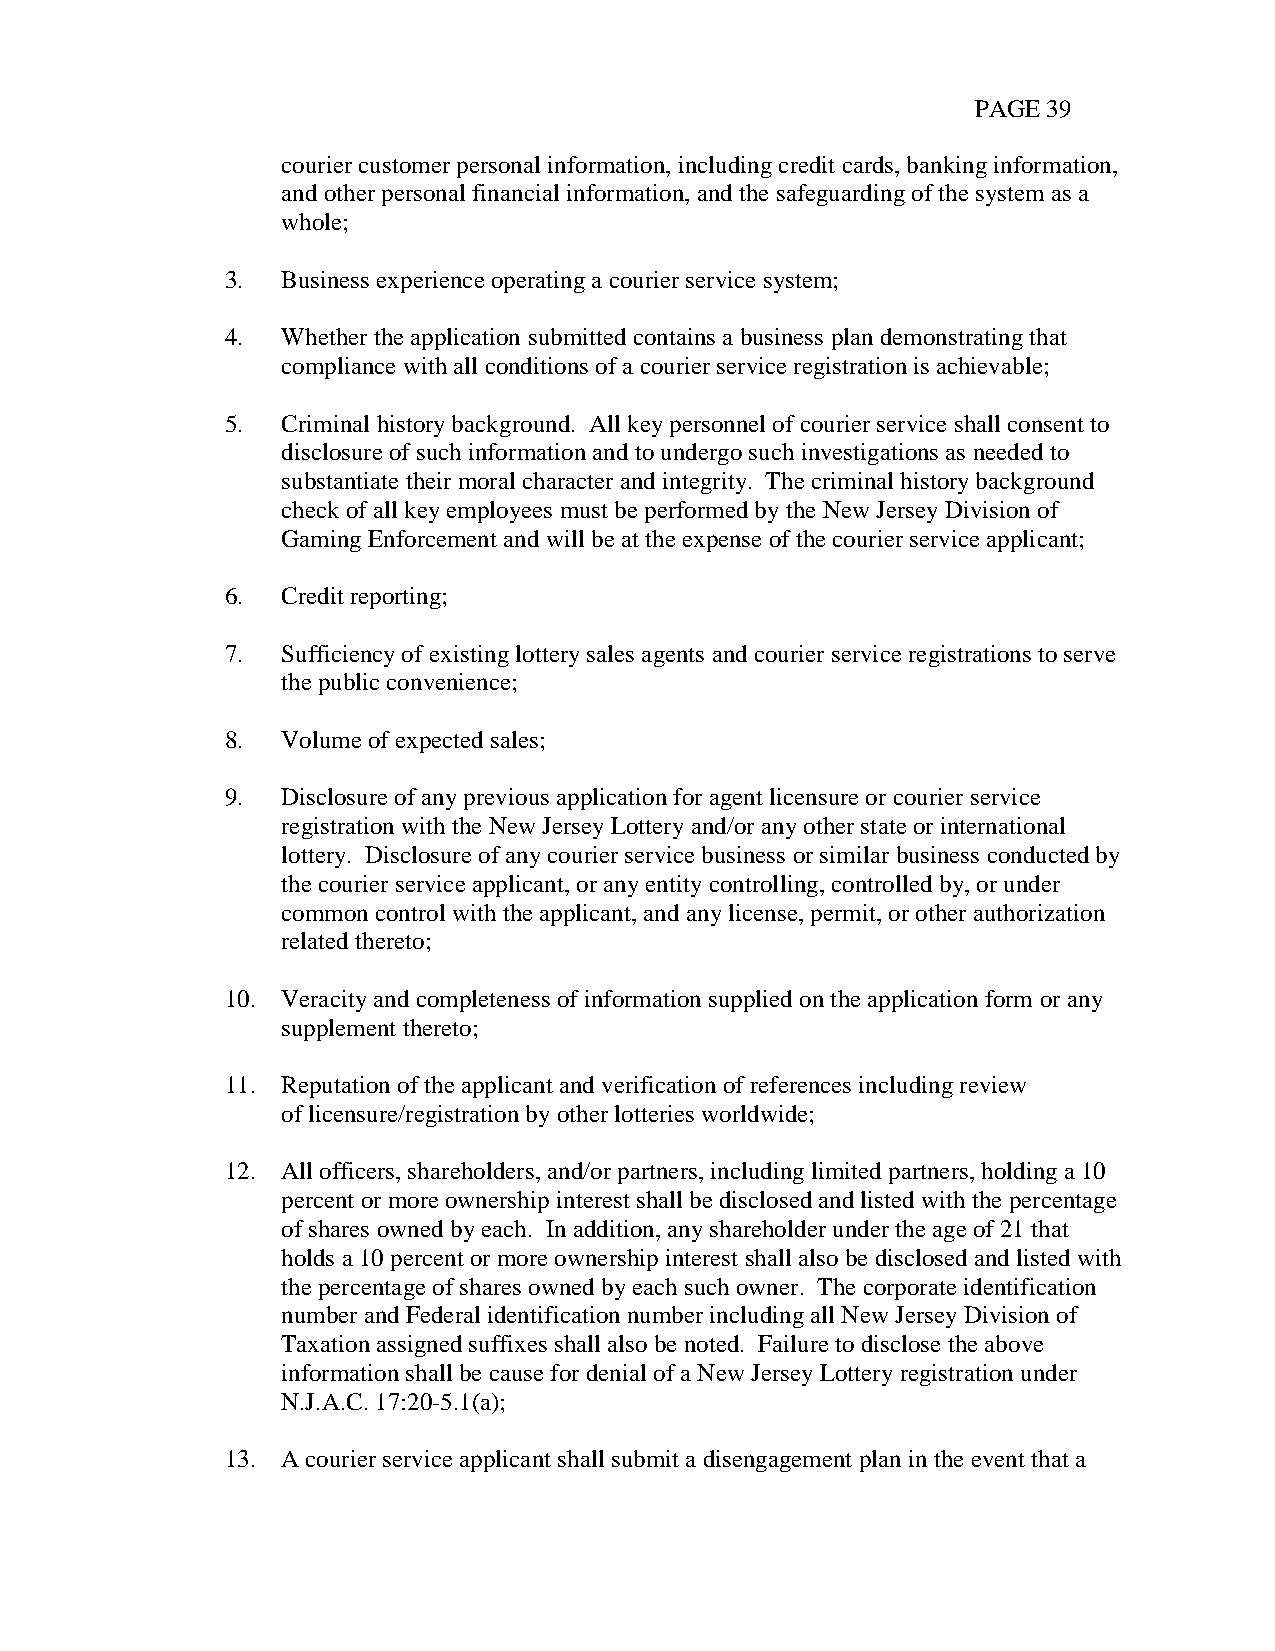
PAGE 39
 courier customer personal information, including credit cards, banking information,
 and other personal financial information, and the safeguarding of the system as a
 whole;
 3.  Business experience operating a courier service system;
 4.  Whether the application submitted contains a business plan demonstrating that
 compliance with all conditions of a courier service registration is achievable;
 5.  Criminal history background. All key personnel of courier service shall consent to
 disclosure of such information and to undergo such investigations as needed to
 substantiate their moral character and integrity. The criminal history background
 check of all key employees must be performed by the New Jersey Division of
 Gaming Enforcement and will be at the expense of the courier service applicant;
 6.  Credit reporting;
 7.  Sufficiency of existing lottery sales agents and courier service registrations to serve
 the public convenience;
 8.  Volume of expected sales;
 9.  Disclosure of any previous application for agent licensure or courier service
 registration with the New Jersey Lottery and/or any other state or international
 lottery. Disclosure of any courier service business or similar business conducted by
 the courier service applicant, or any entity controlling, controlled by, or under
 common control with the applicant, and any license, permit, or other authorization
 related thereto;
 10. Veracity and completeness of information supplied on the application form or any
 supplement thereto;
 11. Reputation of the applicant and verification of references including review
 of licensure/registration by other lotteries worldwide;
 12. All officers, shareholders, and/or partners, including limited partners, holding a 10
 percent or more ownership interest shall be disclosed and listed with the percentage
 of shares owned by each. In addition, any shareholder under the age of 21 that
 holds a 10 percent or more ownership interest shall also be disclosed and listed with
 the percentage of shares owned by each such owner. The corporate identification
 number and Federal identification number including all New Jersey Division of
 Taxation assigned suffixes shall also be noted. Failure to disclose the above
 information shall be cause for denial of a New Jersey Lottery registration under
 N.J.A.C. 17:20-5.1(a);
 13. A courier service applicant shall submit a disengagement plan in the event that a